Vaccination Hyderabad 1890-1903 - 1890-1903
Year: 1890
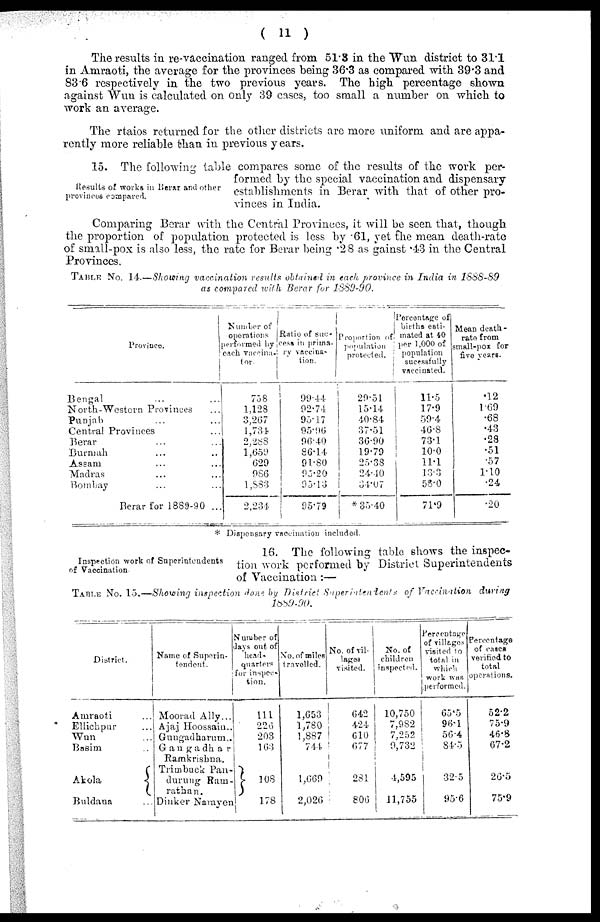
( 11 )
The results in re-vaccination ranged from 51.3 in the Wun district to 31.1
in Amraoti, the average for the provinces being 36.3 as compared with 39.3 and
83.6 respectively in the two previous years. The high percentage shown
against Wun is calculated on only 39 cases, too small a number on which to
work an average.
The rtaios returned for the other districts are more uniform and are appa-
rently more reliable than in previous years.
Results of works in Berar and other
provinces compared.
15. The following table compares some of the results of the work per-
formed by the special vaccination and dispensary
establishments in Berar with that of other pro-
vinces in India.
Comparing Berar with the Central Provinces, it will be seen that, though
the proportion of population protected is less by 61, yet the mean death-rate
of small-pox is also less, the rate for Berar being .28 as gainst .43 in the Central
Provinces.
TABLE No. 14—Showing vaccination results obtained in each province in India in 1888-89
as compared with Berar for 1889-90.
Province.
Bengal ... ...
North-Western Provinces ...
Punjab ... ...
Central Provinces ... ...
Berar ... ...
Burmah ... ...
Assam ... ...
Madras ... ...
Bombay ... ...
Berar for 1889-90 ...
Number of
operations
Performed by
each vaccina¬
tor.
758
1,128
3,267
1,734
2,288
1,659
629
986
1,883
2,234
Ratio of suc-
cess in prima-
ry vaccina-
tion.
99.44
92.74
95.17
95.96
96.40
86.14
91.80
95.20
95.13
95.79
Proportion of
population
protected.
29.51
15.14
40.84
37.51
36.90
19.79
25.38
24.40
34.07
* 35.40
Percentage of
births esti-
mated at 40
per 1,000 of
population
sucessfully
vaccinated.
11.5
17.9
59.4
46.8
73.1
10.0
11.1
13.3
58.0
71.9
Mean death¬
rata from
small-pox for
five years.
.12
1.69
.68
.43
.28
.51
.57
1.10
.24
.20
* Dispensary vaccination included.
Inspection work of Superintendents
of Vaccination.
16. The following table shows the inspec-
tion work performed by District Superintendents
of Vaccination:—
TABLE No. 15,—Showing inspection done by District Superintendents of Vaccination during
1889-90.
District.
Amraoti ...
Ellichpur ...
Wun ...
Basim ...
Akola
...
Buldana
Name of Superin-
tendent.
Moorad Ally...
Ajaj Hoossaiu..
Gungadharum..
Gangadhar ...
Ramkrishna.
Trimbuck Pan¬
durung Ram¬
rathan.
Dinker Narayen
Number of
days out of
head-
quarters
for inspec-
tion.
111
226
203
163
108
178
No. of miles
travelled.
1,653
1,780
1,887
744
1 669
2,026
No. of vil-
lages
visited.
642
424
610
677
281
806
No. of
children
inspect oil.
10,750
7,982
7,252
9,732
4,595
11,755
Percentage
of villages
visited to
total in
which
work was
performed.
65.5
96.1
56.4
84.5
32.5
95.6
Percentage
of cases
verified to
total
operations.
52.2
75.9
46.8
67.2
26.5
75.9